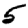
Digit: 5